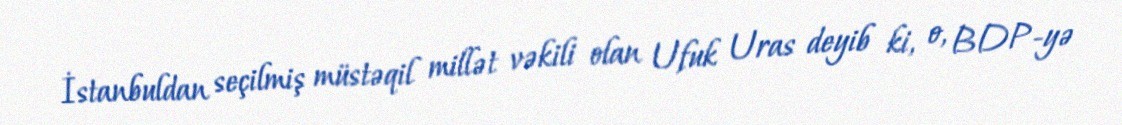
İstanbuldan seçilmiş müstəqil millət vəkili olan Ufuk Uras deyib ki, o, BDP-yə